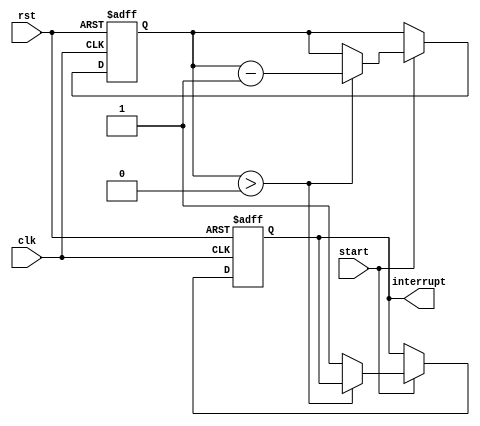
module countdown_timer (
    input wire clk,           // System clock
    input wire rst,           // Reset signal
    input wire start,         // Start signal
    output reg interrupt      // Interrupt signal
);
    
    parameter COUNT_VALUE = 8'hFF; // Countdown value
    
    reg [7:0] count;       // Countdown register
    
    always @(posedge clk or posedge rst) begin
        if (rst) begin
            count <= COUNT_VALUE;  // Initialize countdown value
            interrupt <= 0;        // Reset interrupt signal
        end else if (start) begin
            if (count > 0) begin
                count <= count - 1; // Decrement count value
            end else begin
                interrupt <= 1;     // Generate interrupt signal
            end
        end
    end
    
endmodule